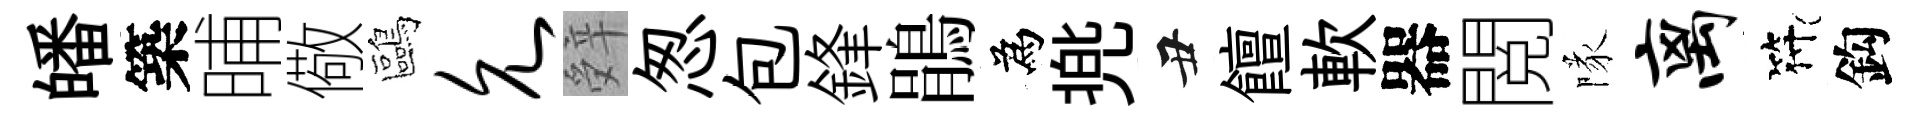
皤築晡儆鷗允辤怱包鋒鵑為兠丑饘軟器閲隊离符鈎